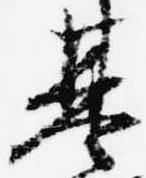
基